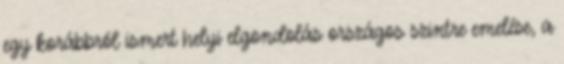
egy korábbról ismert helyi elgondolás országos szintre emelése, a